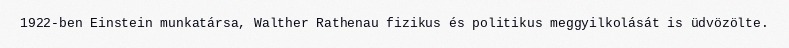
1922-ben Einstein munkatársa, Walther Rathenau fizikus és politikus meggyilkolását is üdvözölte.